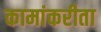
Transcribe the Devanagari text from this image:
कामांकरीता